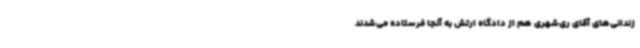
زندانی‌های آقای ری‌شهری هم از دادگاه ارتش به آنجا فرستاده می‌شدند